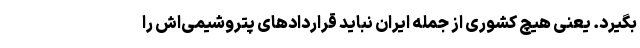
بگیرد. یعنی هیچ کشوری از جمله ایران نباید قراردادهای پتروشیمی‌اش را